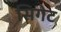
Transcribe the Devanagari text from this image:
सिगेट